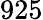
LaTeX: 925